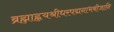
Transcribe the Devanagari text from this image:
ब्रह्माह्नयश्रीधरपद्मनाभबीजानि